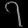
Digit: ၇